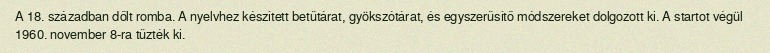
A 18. században dőlt romba. A nyelvhez készített betűtárat, gyökszótárat, és egyszerűsítő módszereket dolgozott ki. A startot végül 1960. november 8-ra tűzték ki.